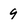
Character: 9